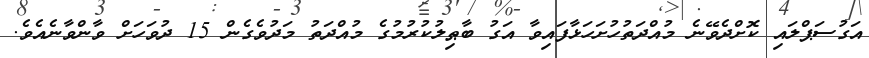
އަގުސަޕްލައި ކޮށްދެވޭނެ މުއްދަތުހުށަހަޅާފައިވާ އަގު ބާޠިލުކުރުމުގެ މުއްދަތު މަދުވެގެން 15 ދުވަހަށް ވާންވާނެއެވެ.